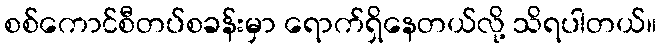
စစ်ကောင်စီတပ်စခန်းမှာ ရောက်ရှိနေတယ်လို့ သိရပါတယ်။